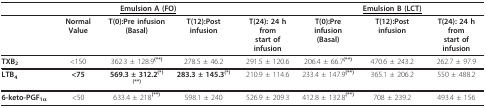
<table><thead><tr><td colspan="5"><b><underline>Emulsion A (FO)</underline></b></td><td colspan="3"><b><underline>Emulsion B (LCT)</underline></b></td></tr></thead><tbody><tr><td>[EMPTY_CELL]</td><td><b>Normal Value</b></td><td><b>T(0):Pre infusion</b><b>(Basal)</b></td><td><b>T(12):Post infusion</b></td><td><b>T(24): 24 h from start of infusion</b></td><td><b>T(0):Pre infusion</b><b>(Basal)</b></td><td><b>T(12):Post infusion</b></td><td><b>T(24): 24 h from start of infusion</b></td></tr><tr><td><b>TXB<sub>2</sub></b></td><td>&lt;150</td><td>362.3 ± 128.9<b><sup>(**)</sup></b></td><td>278.5 ± 46.2</td><td>291.5 ± 120.6</td><td>206.4 ± 66.7<b><sup>(**)</sup></b></td><td>470.6 ± 243.2</td><td>262.7 ± 97.9</td></tr><tr><td><b>LTB<sub>4 </sub></b></td><td><b>&lt;75</b></td><td><b>569.3 ± 312.2<sup>(*)(**)</sup></b></td><td><b>283.3 ± 145.3<sup>(*)</sup></b></td><td>210.9 ± 114.6</td><td>233.4 ± 147.9<b><sup>(**)</sup></b></td><td>365.1 ± 206.2</td><td>550 ± 488.2</td></tr><tr><td><b>6-keto-PGF<sub>1α</sub></b></td><td>&lt;50</td><td>633.4 ± 218<b><sup>(**)</sup></b></td><td>598.1 ± 240</td><td>526.9 ± 209.3</td><td>412.8 ± 132.8<b><sup>(**)</sup></b></td><td>708 ± 239.2</td><td>493.4 ± 156</td></tr></tbody></table>